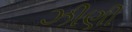
ઝીણી